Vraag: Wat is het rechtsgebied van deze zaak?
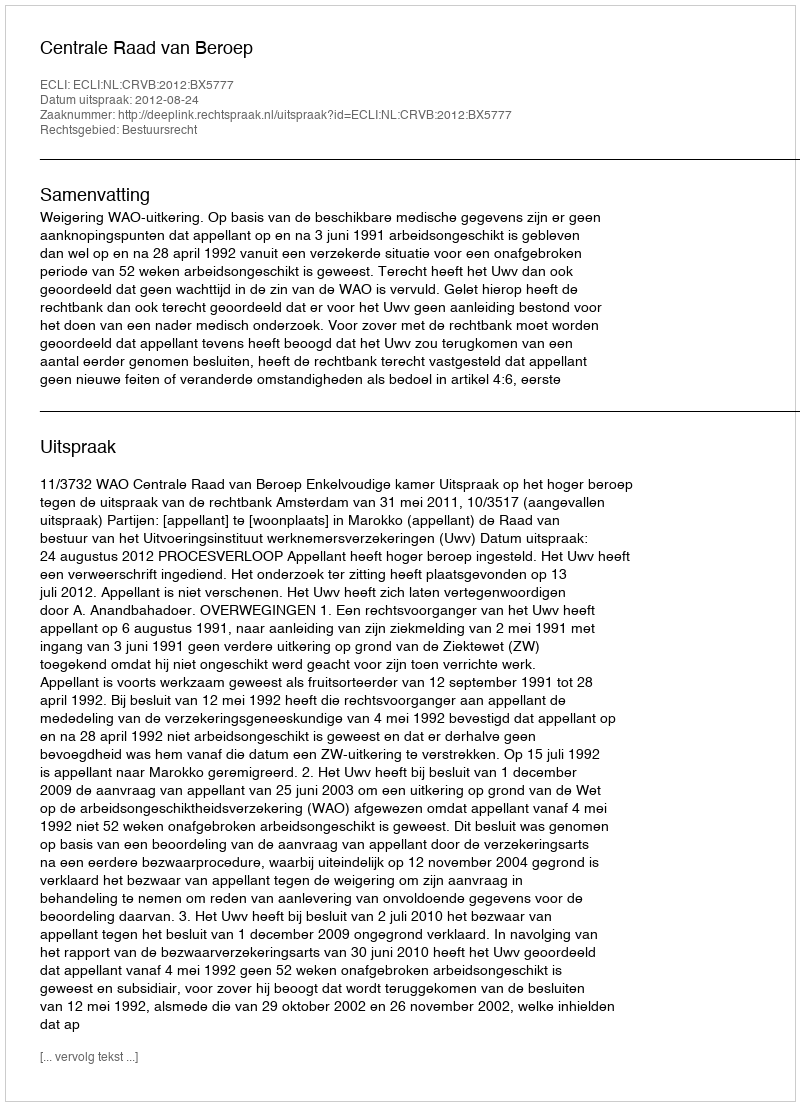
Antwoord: Bestuursrecht